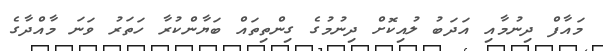
މައާފް ދިނުމާއި އަދަބު ލުއިކޮށް ދިނުމުގެ ގިންތިތައް ބަޔާންކުރާ ހަތަރު ވަނަ މާއްދާގެ